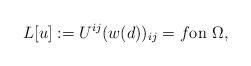
LaTeX: \begin{align*} L[u]:= U^{ij} (w(d))_{ij} = f \textrm{on } \Omega,\end{align*}